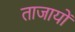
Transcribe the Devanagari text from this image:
ताजायों